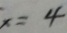
x = 4